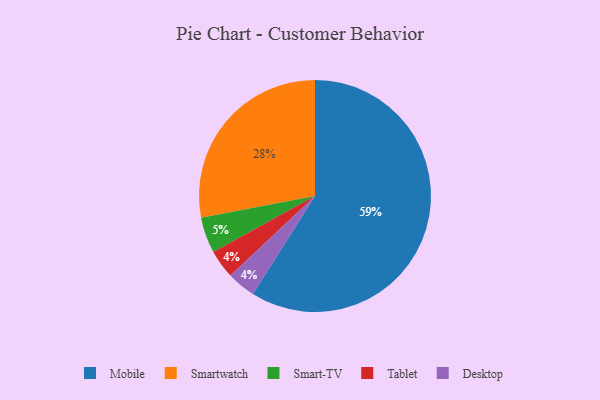
{"axis": {"x": "Category", "y": "Percentage"}, "legend": ["Desktop", "Mobile", "Smart-TV", "Smartwatch", "Tablet"], "data": [{"x": "Smartwatch", "y": 28, "type": "Smartwatch"}, {"x": "Tablet", "y": 4, "type": "Tablet"}, {"x": "Mobile", "y": 59, "type": "Mobile"}, {"x": "Desktop", "y": 4, "type": "Desktop"}, {"x": "Smart-TV", "y": 5, "type": "Smart-TV"}]}